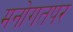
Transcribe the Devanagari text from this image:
मनोगतपर